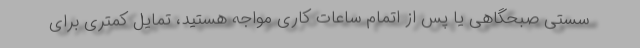
سستی صبحگاهی یا پس از اتمام ساعات کاری مواجه هستید، تمایل کمتری برای